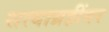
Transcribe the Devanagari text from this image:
सत्याग्रहींवर